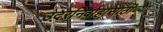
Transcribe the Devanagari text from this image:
उदरनिर्वाहासाठीच्या